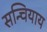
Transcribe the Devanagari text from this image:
सन्चियाय